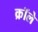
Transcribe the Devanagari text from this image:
क्रॉले